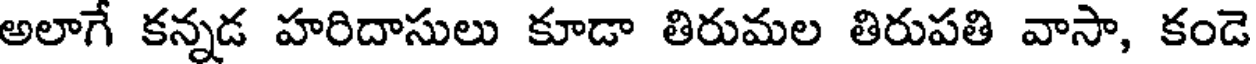
అలాగే కన్నడ హరిదాసులు కూడా తిరుమల తిరుపతి వాసా, కండె